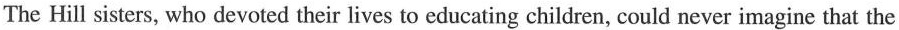
The Hill sisters, who devoted their lives to educating children, could never imagine that the